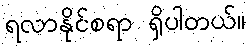
ရလာနိုင်စရာ ရှိပါတယ်။